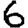
Digit: 6